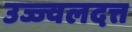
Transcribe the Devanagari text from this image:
उज्ज्वलदत्त